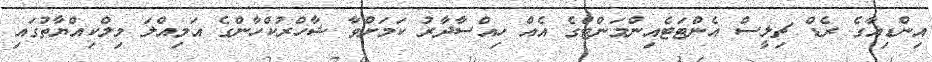
އިންޑިއާގެ ރެޑް ޗިލީސް އެންޓަޓެއިންމަންޓްގެ އެއް ހިއްސާދާރު ކަމަށްވާ ޝާހްރުކްހާންގެ އަމިއްލަ މިލްކިއްޔާތުގައި